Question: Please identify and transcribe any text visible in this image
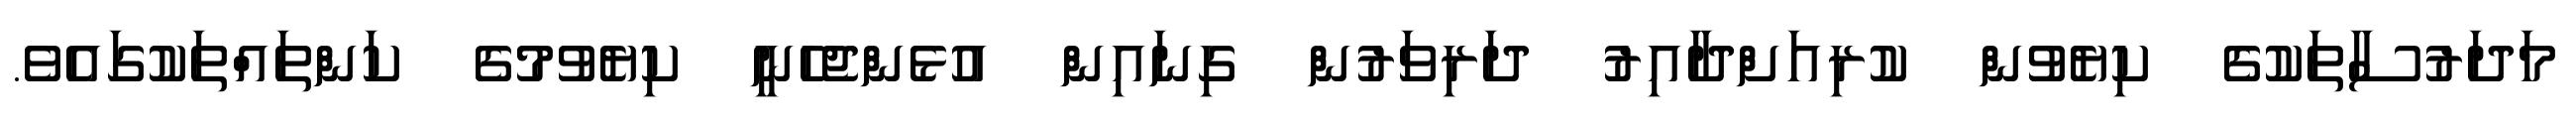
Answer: މަދަރުސާތަކުގެ ކިޔެވުން ކުރިއަށްދާއިރު ދަރިވަރުން ގިނައިން އުޅެންޖެހެނީ ކިޔެވުމުގެ ކަންތައްތަކުގައެވެ.